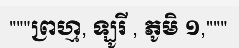
"""ព្រហ្ម, ឡូរី , ភូមិ ១,"""